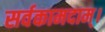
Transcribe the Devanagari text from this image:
सर्वकामदाम्‌।